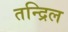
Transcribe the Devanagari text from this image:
तन्द्रिल